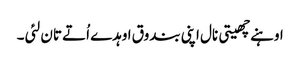
اوہنے چھیتی نال اپنی بندوق اوہدے اُتے تان لئی ۔